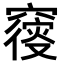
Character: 𥨝